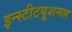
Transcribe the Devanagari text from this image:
इन्स्टीटयूशनल